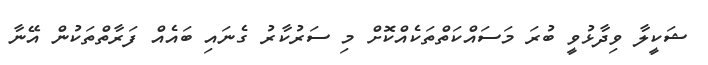
ޝަކީލާ ވިދާޅުވީ ބުރަ މަސައްކަތްތަކެއްކޮށް މި ސަރުކާރު ގެނައި ބައެއް ފަރާތްތަކުން އޭނާ